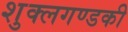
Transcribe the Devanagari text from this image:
शुक्लगण्डकी